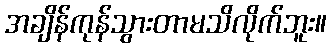
အချိန်ကုန်သွားတာမသိလိုက်ဘူး။